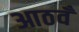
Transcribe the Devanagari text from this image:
आठवँ